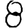
Digit: 8